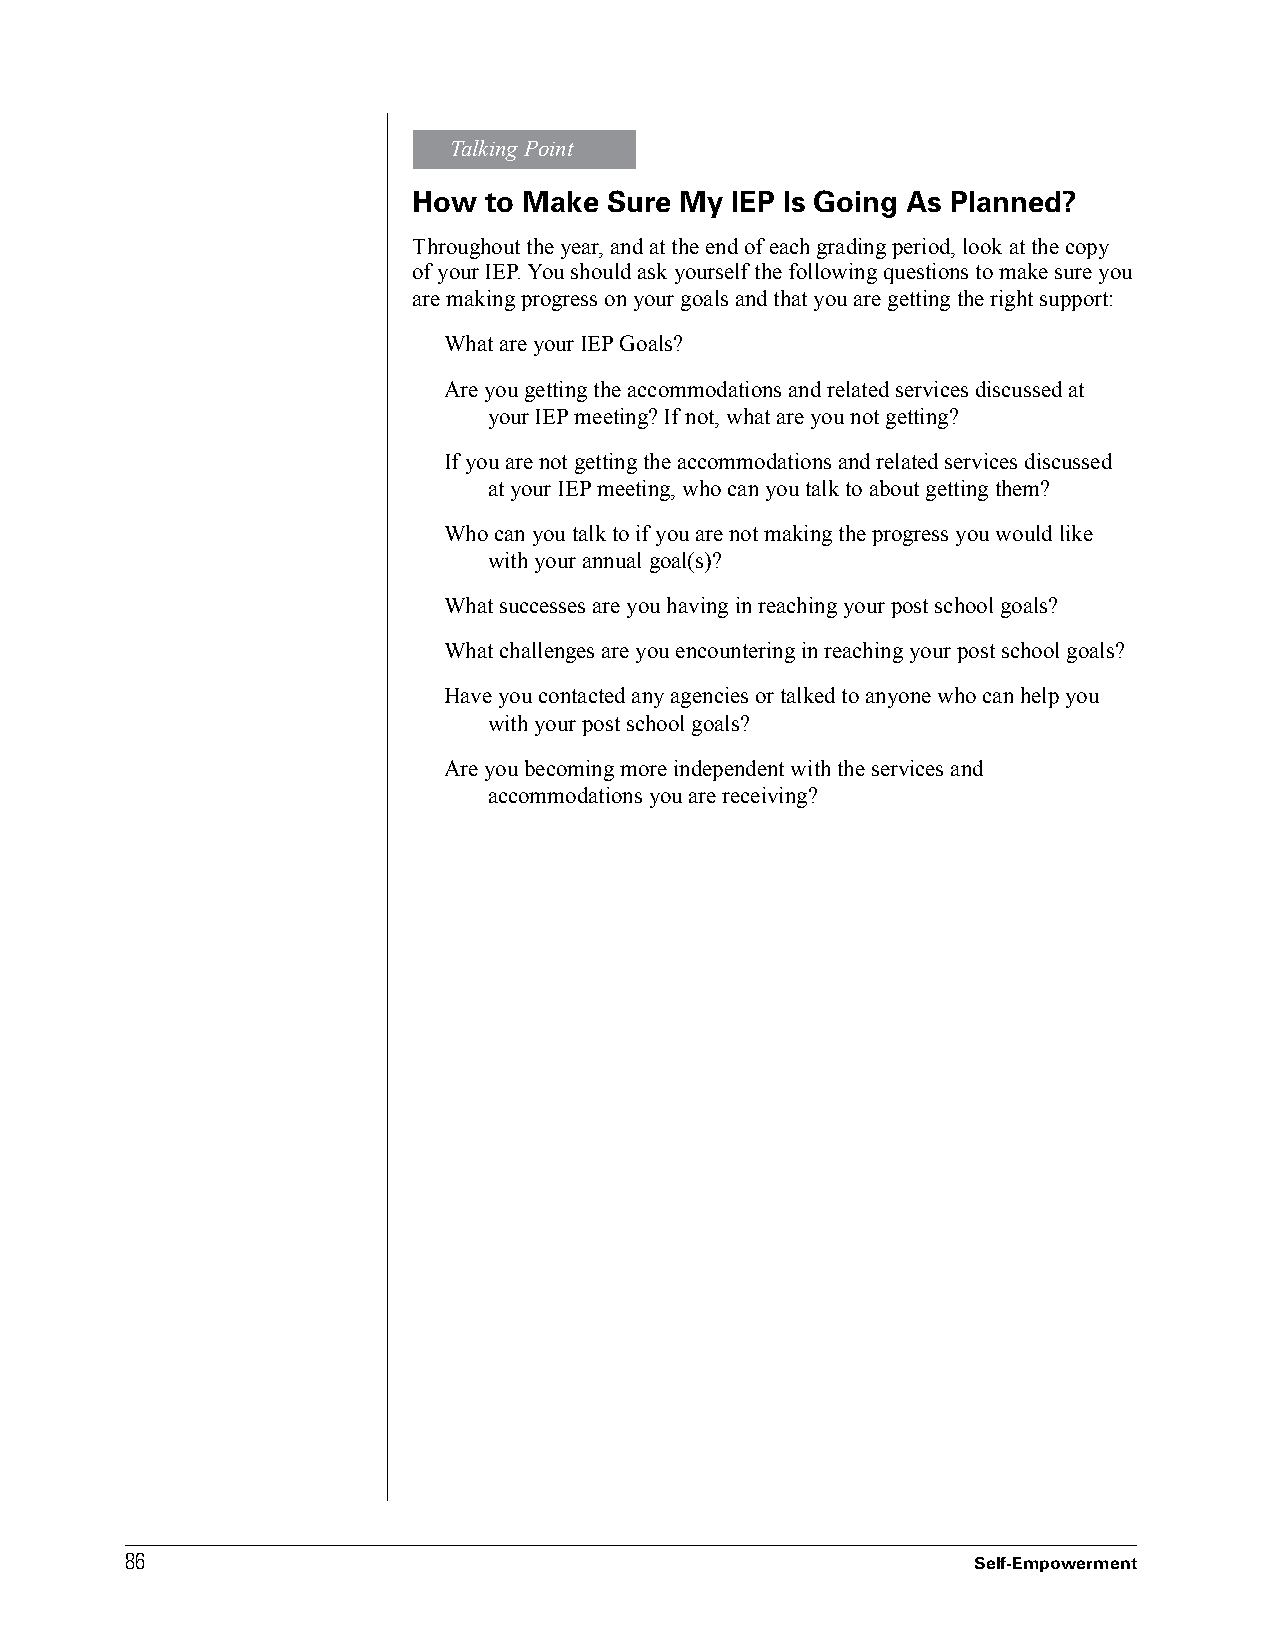
Talking Point
 How  to Make Sure My IEP Is Going As Planned?
 Throughout the year, and at the end of each grading period, look at the copy
 of your IEP. You should ask yourself the following questions to make sure you
 are making progress on your goals and that you are getting the right support:
 What are your IEP Goals?
 Are you getting the accommodations and related services discussed at
 your IEP meeting? If not, what are you not getting?
 If you are not getting the accommodations and related services discussed
 at your IEP meeting, who can you talk to about getting them?
 Who can you talk to if you are not making the progress you would like
 with your annual goal(s)?
 What successes are you having in reaching your post school goals?
 What challenges are you encountering in reaching your post school goals?
 Have you contacted any agencies or talked to anyone who can help you
 with your post school goals?
 Are you becoming more independent with the services and
 accommodations you are receiving?
 8866
 Self-Empowerment